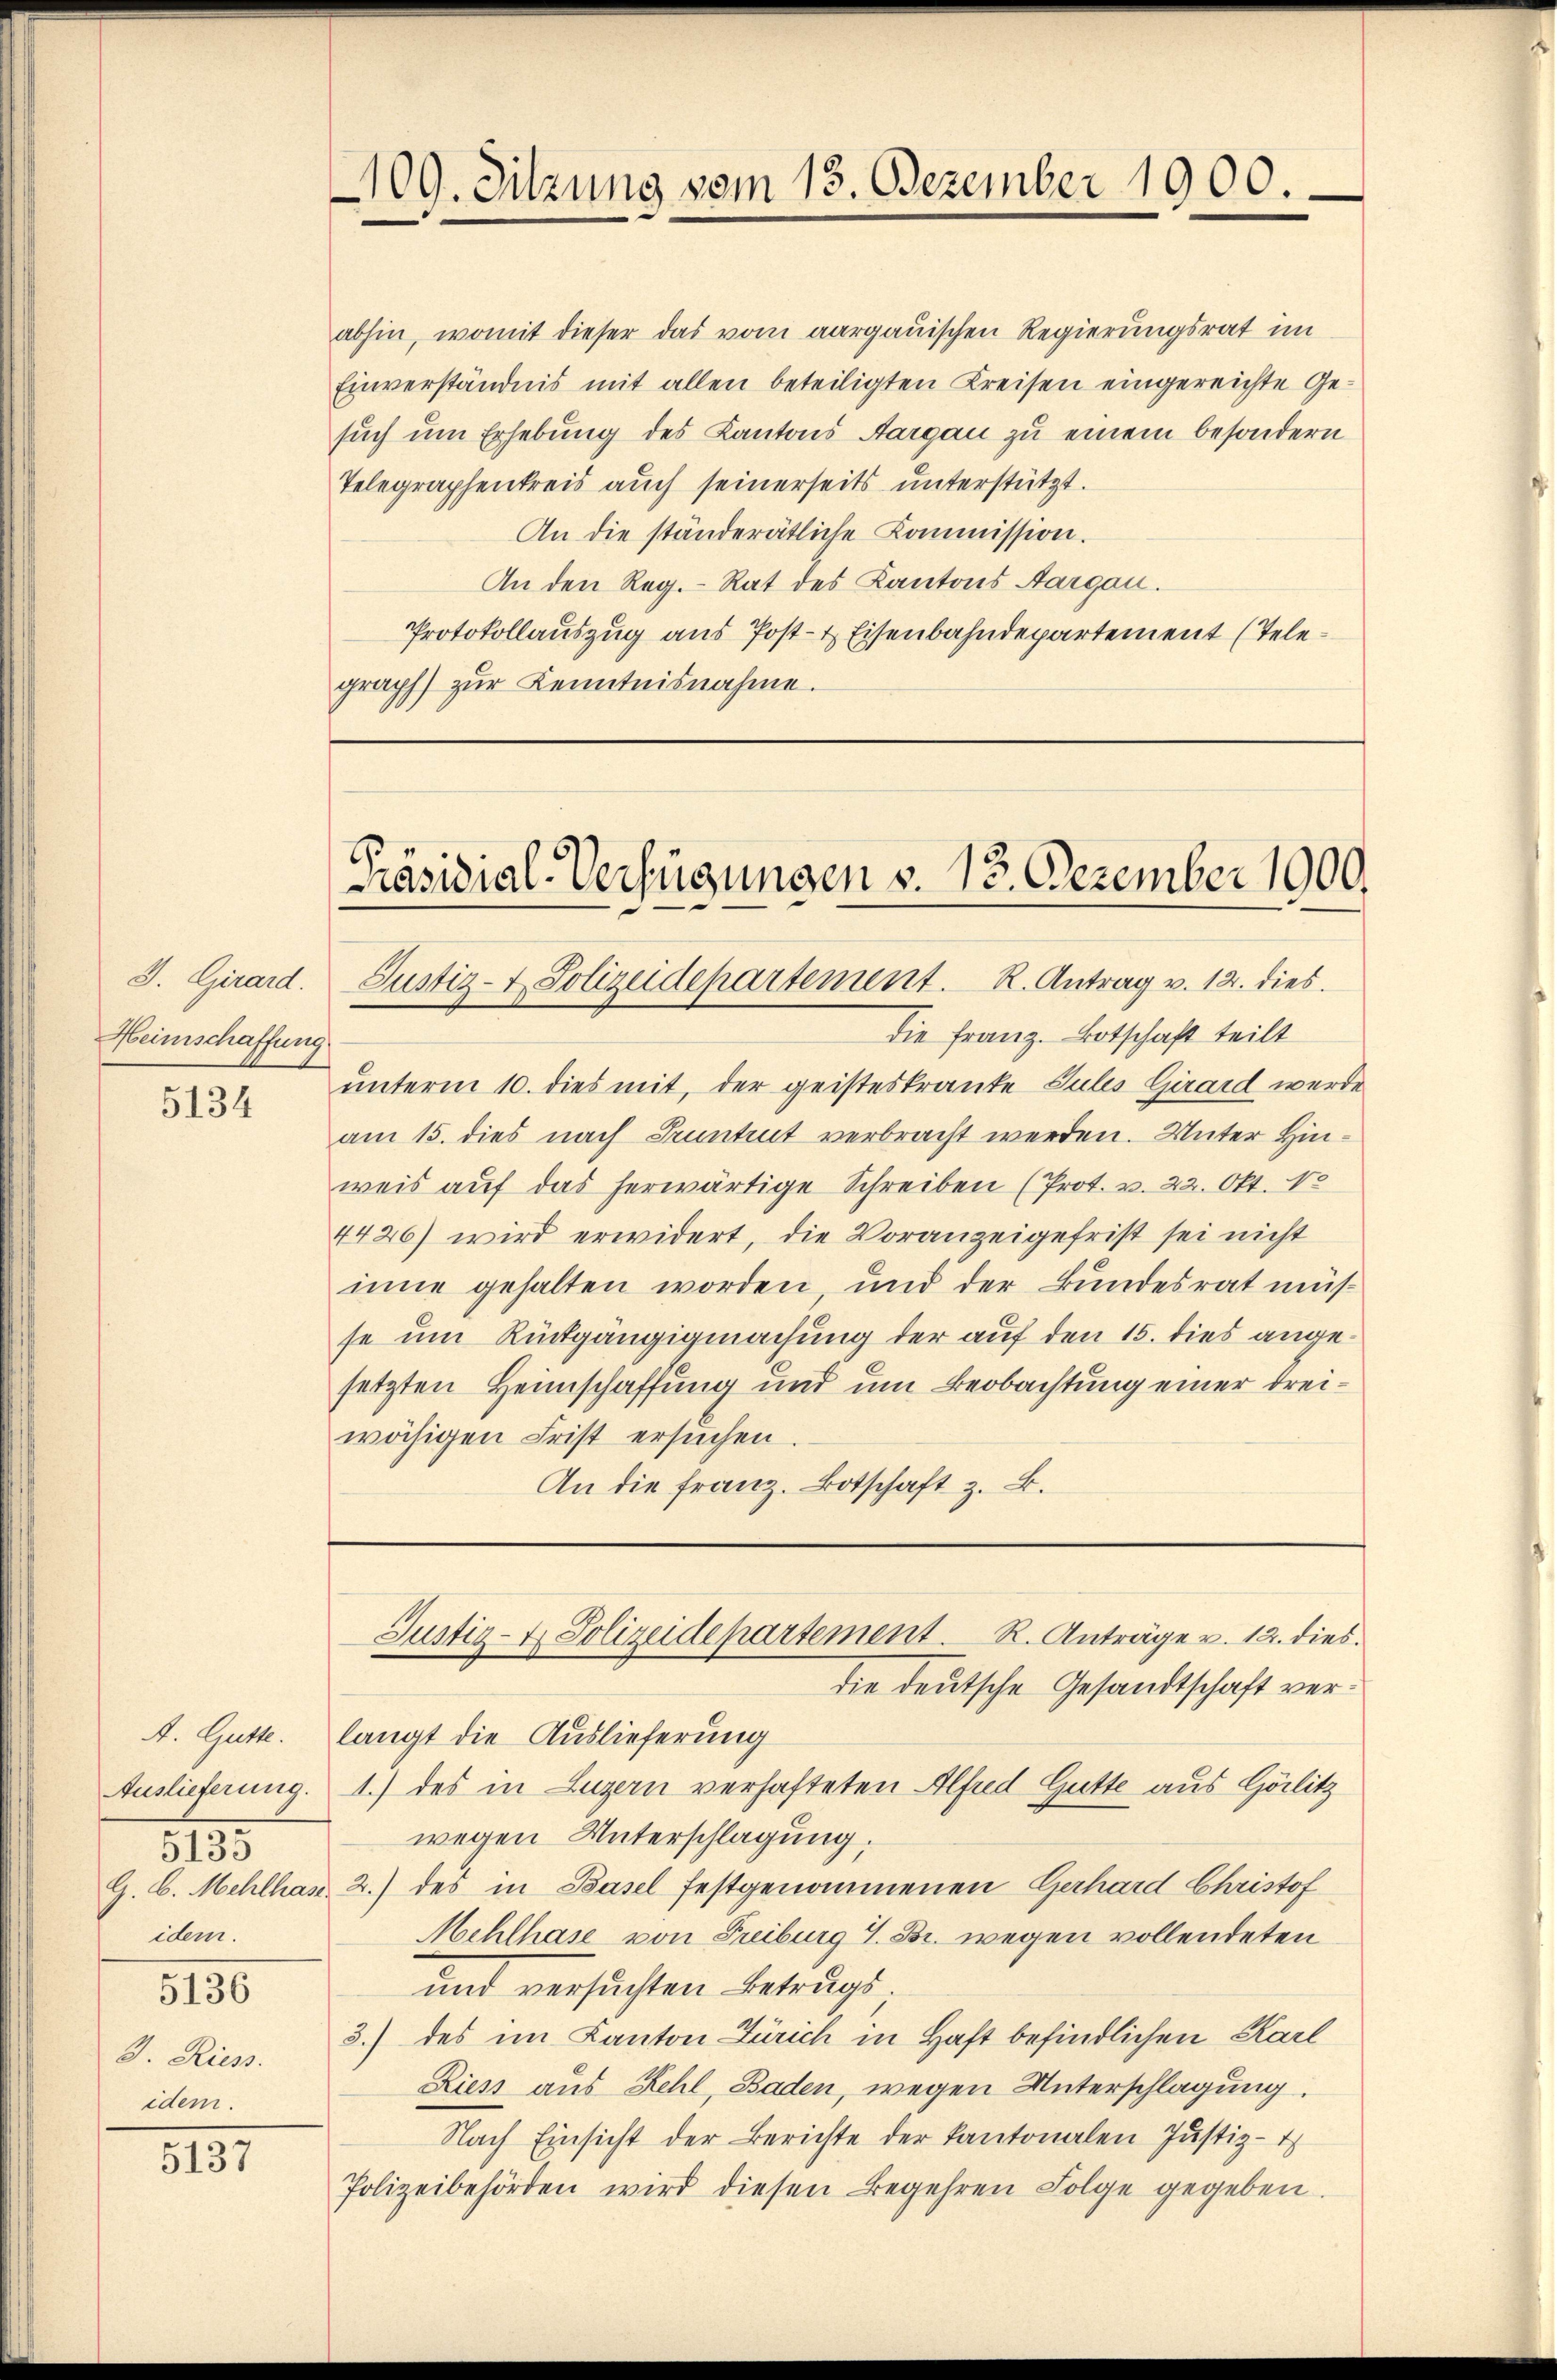
J. Girard.
Heimschaffung

5134

Auslieferung.
5135
idem.

5136

J. Riess.
idem.

5137

abhin, womit dieser das vom aargauischen Regierungsrat im
Einverständnis mit allen beteiligten Kreisen eingereichte Gesuch um Erhebung des Kantons Aargau zu einem besondern
Telegraphenkreis auch seinerseits unterstützt.
An die ständerätliche Kommission.
An den Reg. Rat des Kantons Aargau.
Protokollauszug aus Post- & Eisenbahndepartement (Telegraph zŭr Kenntnisnahme.

109. Sitzung vom 13. Dezember 1900.

Präsidial-Verfügungen v. 13. Dezember 1900.
Justiz- & Polizeidepartement. R. Antrag v. 12. dies

die Franz. Botschaft teilt
unterm 10. dies mit, der geisteskrante Sules Girard werde
am 15. dies nach Kuntrut verbracht werden. Unter Hinweis auf das herwärtige Schreiben (Prot. v. 22. Okt. 13
4426) wird erwidert, die Voranzeigefrist sei nicht
inne gehalten worden, und der Bundesrat müsse um Rückgängigmachung der auf den 15. dies angesetzten Heimschaffung und um Beobachtung einer dreiwähigen Frist ersŭchen.
An die franz. Botschaft z. B.

die deutsche Gesandtschaft ver¬
4. Gutt. langt die Auslieferung
1.) des in Luzern verhafteten Alfred Gutte aus Hörlitz
wegen Unterschlagung.
G. C. Mehlhas 2.) des in Basel festgenommenen Gerhard Christof
Mehlhase von Freiburg 1. Br. wegen vollendeten
und versuchten Betrugs.
3.) des im Kanton Zürich in Haft befindlichen Karl
Ziess aus Kehl, Baden, wegen Unterschlagung.
Nach Einsicht der Berichte der Kantonalen Justiz-
Polizeibehörden wird diesen Begehren Folge gegeben.

Justiz- & Polizeidepartement. R. Anträge v. 12. dies